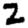
Digit: 2